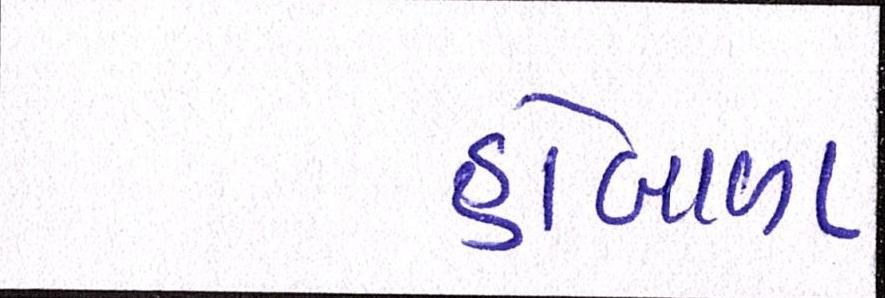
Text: હોબાળા